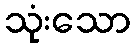
သုံးသော